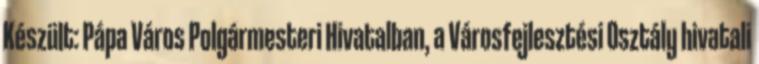
Készült: Pápa Város Polgármesteri Hivatalban, a Városfejlesztési Osztály hivatali